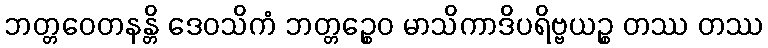
ဘတ္တဝေတနန္တိ ဒေဝသိကံ ဘတ္တဉ္စေဝ မာသိကာဒိပရိဗ္ဗယဉ္စ တဿ တဿ